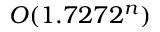
O ( 1 . 7 2 7 2 ^ { n } )